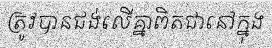
ត្រូវបានជង់លើគ្នាពិតជានៅក្នុង